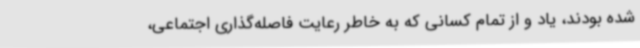
شده بودند، یاد و از تمام کسانی که به خاطر رعایت فاصله‌گذاری اجتماعی،